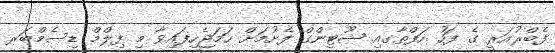
ފެބްރުއަރީ ގެ ފަހު ހަފްތާގއި ޝޫޓިންގް ފެށުމަށް ހަމަޖެހިފައިވާ މި ފިލްމް ޑިސެމްބަރ